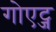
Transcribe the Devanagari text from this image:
गोएट्ज